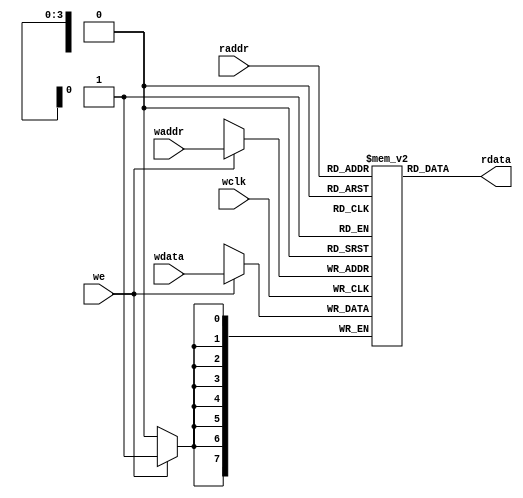
module test(
	input [3:0]waddr,
	input [7:0]wdata,
	input wclk,
	input we,
	input [3:0]raddr,
	output [7:0]rdata
);

reg [7:0]ram[0:15];

assign rdata = ram[raddr];

always @(posedge wclk)
	if (we)
		ram[waddr] <= wdata;

endmodule